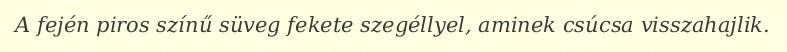
A fején piros színű süveg fekete szegéllyel, aminek csúcsa visszahajlik.